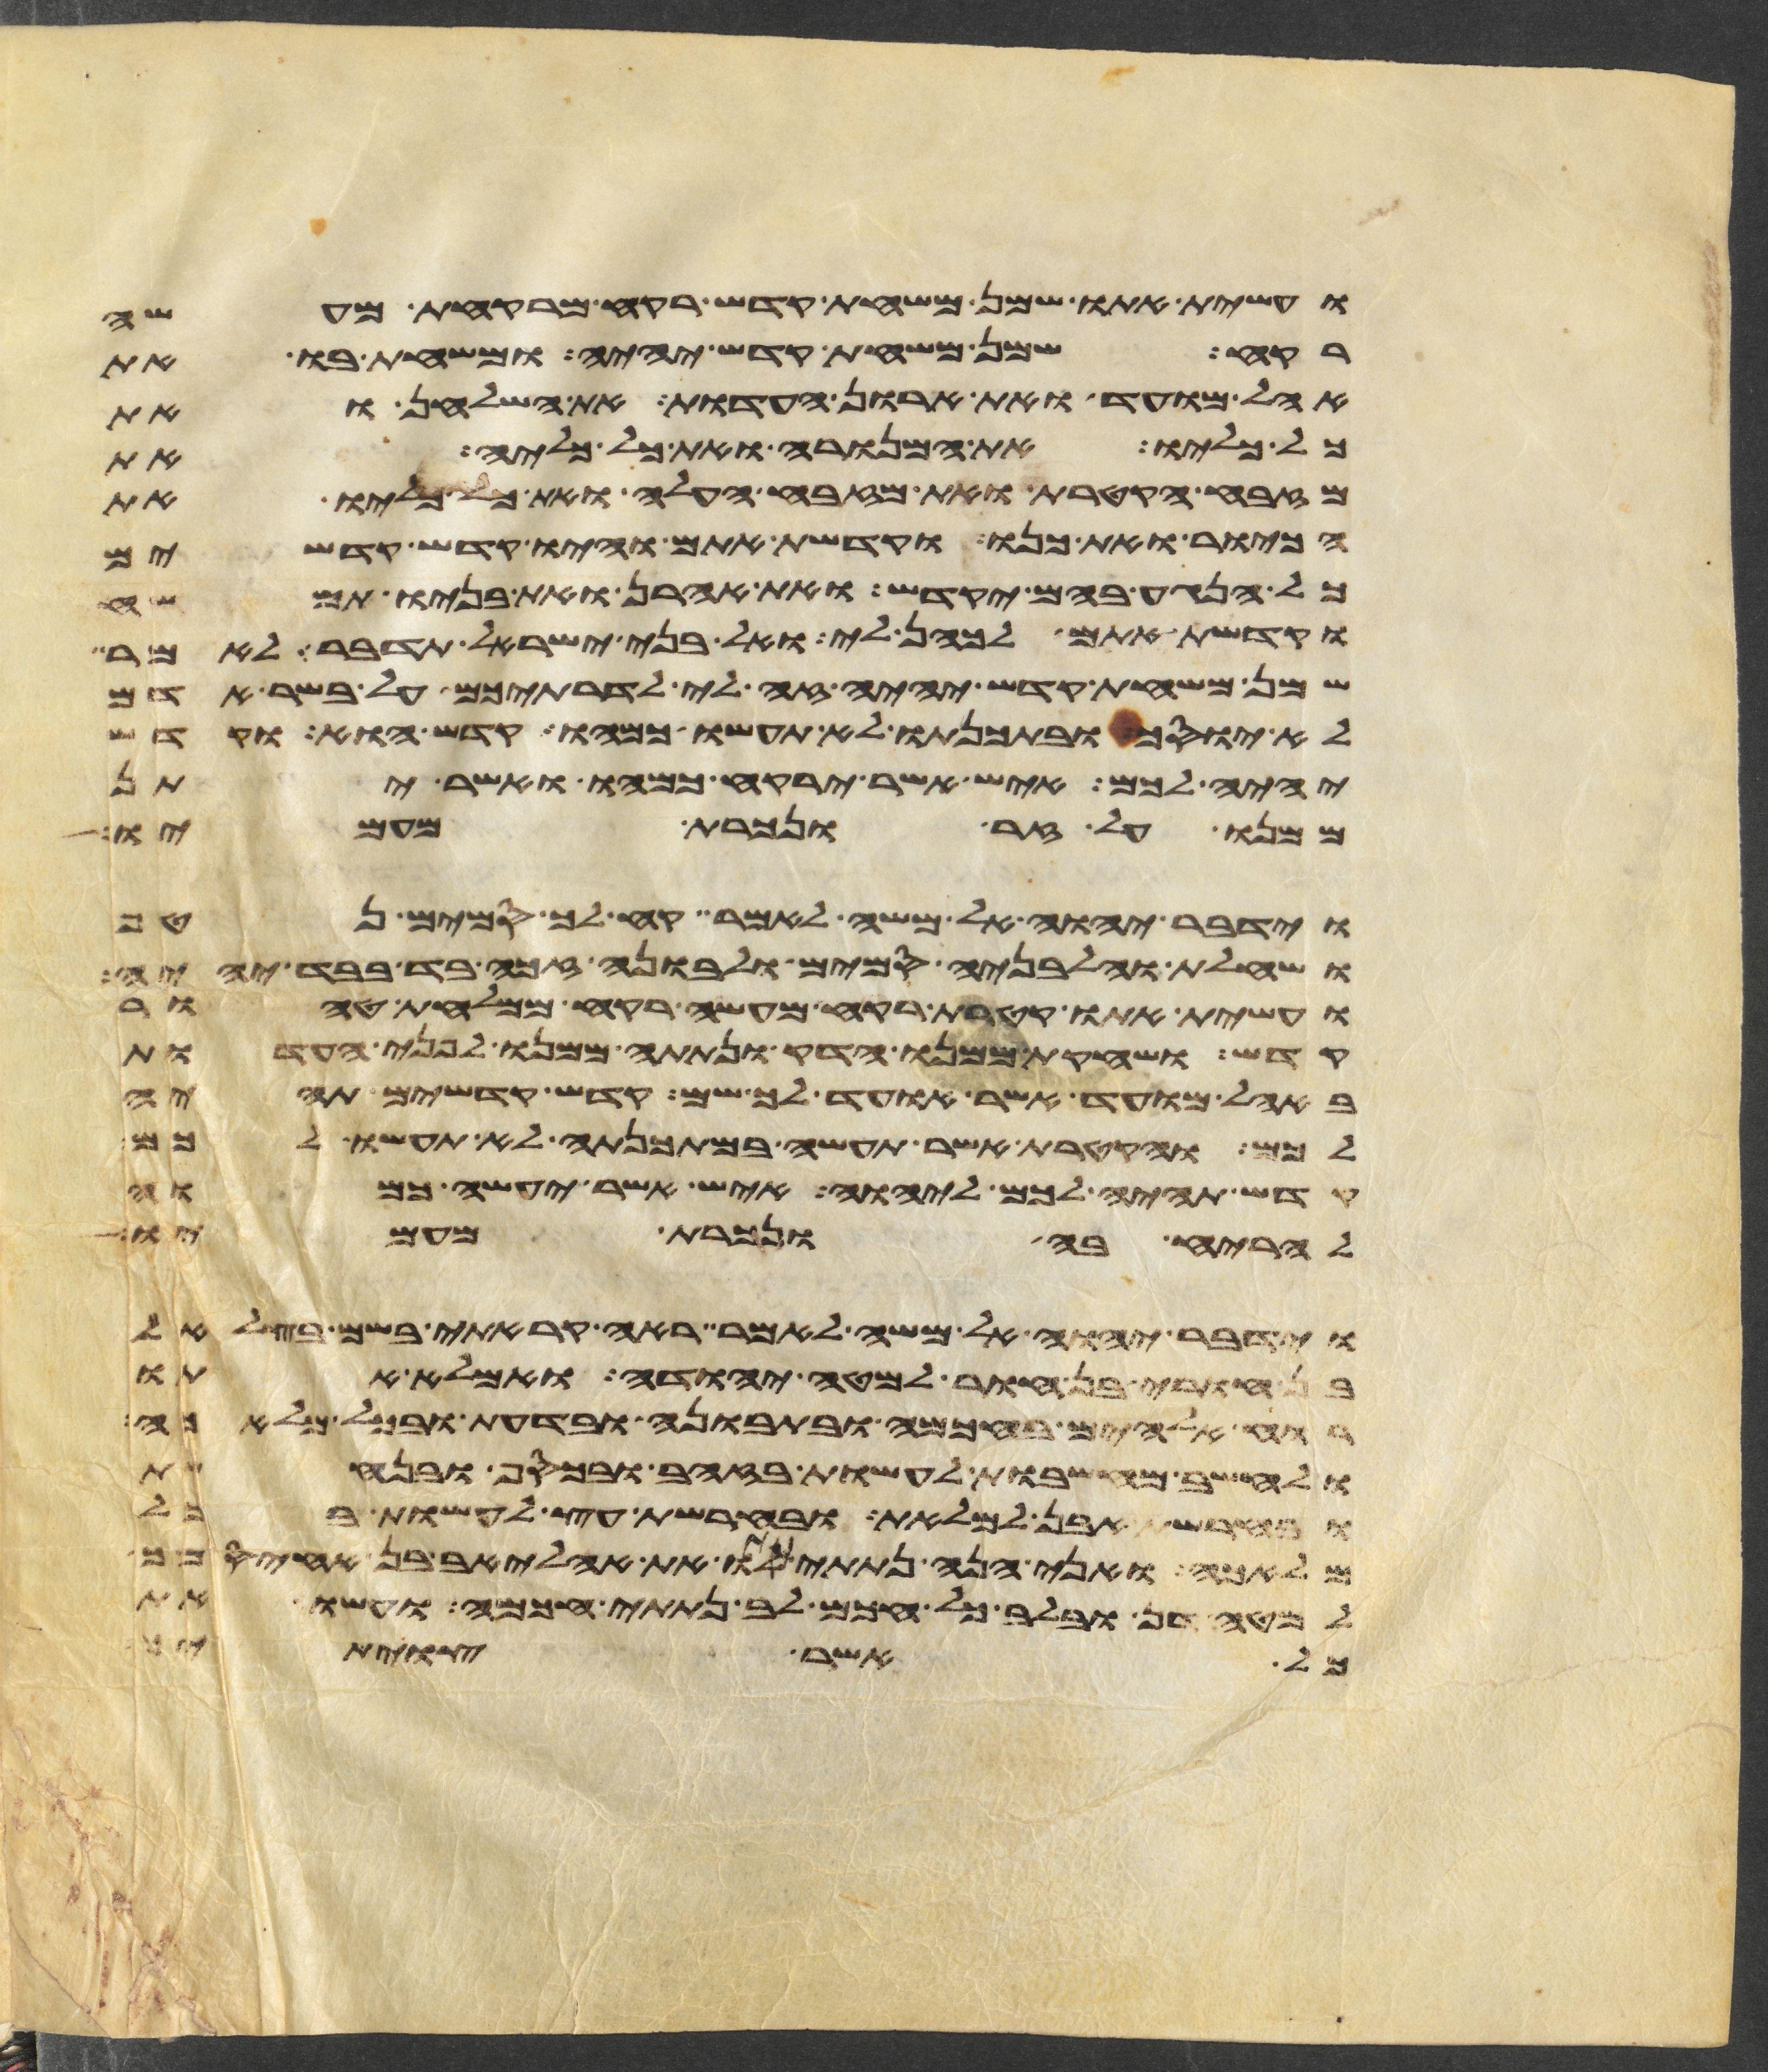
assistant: ועשית אתו שמן משחת קדש רקח מרקחת מעשה
רקח שמן משחת קדש יהיה ומשחת בו את
אהל מועד ואת ארון העדות את השלחן ואת
כל כליו את המנורה ואת כל כליה את
מזבח הקטרת ואת מזבח העלה ואת כל כליו את
הכיור ואת כנו וקדשת אתם והיו קדש קדשים
כל הנגע בהם יקדש ואת אהרן ואת בניו תמשח
וקדשת אתם לכהן לי ואל בני ישראל תדבר לאמר
שמן משחת קדש יהיה זה לי לדרתיכם על בשר אדם
לא יוסך ובתכנתו לא תעשו כמהו קדש הוא וקדש
יהיה לכם איש אשר ירקח כמהו ואשר יתן
ממנו על זר ונכרת מעמיו
וידבר יהוה אל משה לאמר קח לך סמים נטף
ושחלת וחלבניה סמים ולבונה זכה בד בבד יהיה
ועשית אתו קטרת רקח מעשה רקח ממלחת טהור
קדש ושחקת ממנו הדק ונתתה ממנו לפני העדות
באהל מועד אשר אועד לך שמה קדש קדשים תהיה
לכם והקטרת אשר תעשה במתכנתה לא תעשו לכם
קדש תהיה לכם ליהוה איש אשר יעשה כמוה
להריח בה ונכרת מעמיו
וידבר יהוה אל משה לאמר ראה קראתי בשם בצלאל
בן חורי בן חור למטה יהודה ואמלא אתו
רוח אלהים בחכמה ובתבונה ובדעת ובכל מלאכה
ולחשב מחשבות לעשות בזהב ובכסף ובנחשת
ובחרשת אבן למלאת ובחרשת עץ לעשות בכל
מלאכה ואני הנה נתתי אתו את אהליאב בן אחיסמך
למטה דן ובלב כל חכם לב נתתי חכמה ועשו את
ככל אשר צויתי